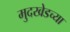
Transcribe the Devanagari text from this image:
मुदखेडच्या